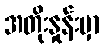
အတိုးနှုန်းမှာ